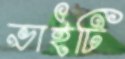
ভাইটি